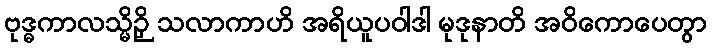
ဗုဒ္ဓကာလသ္မိဉှိ သလာကာဟိ အရိယူပဝါဒါ မုဒုနာတိ အဝိကောပေတွာ